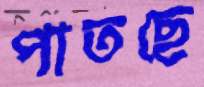
পাতছে